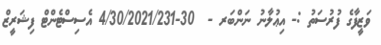
ވަޒީފާގެ ފުރުސަތު :- އިޢުލާނު ނަންބަރ -  30-4/30/2021/231 އެސިސްޓެންޓް ފިޝަރީޒް